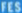
FES